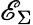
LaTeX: \mathscr{E}_{\Sigma}